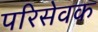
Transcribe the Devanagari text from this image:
परिसेवक